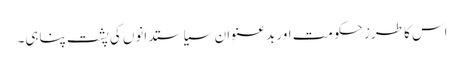
اس کا طرزِ حکومت اور بدعنوان سیاستدانوں کی پشت پناہی۔